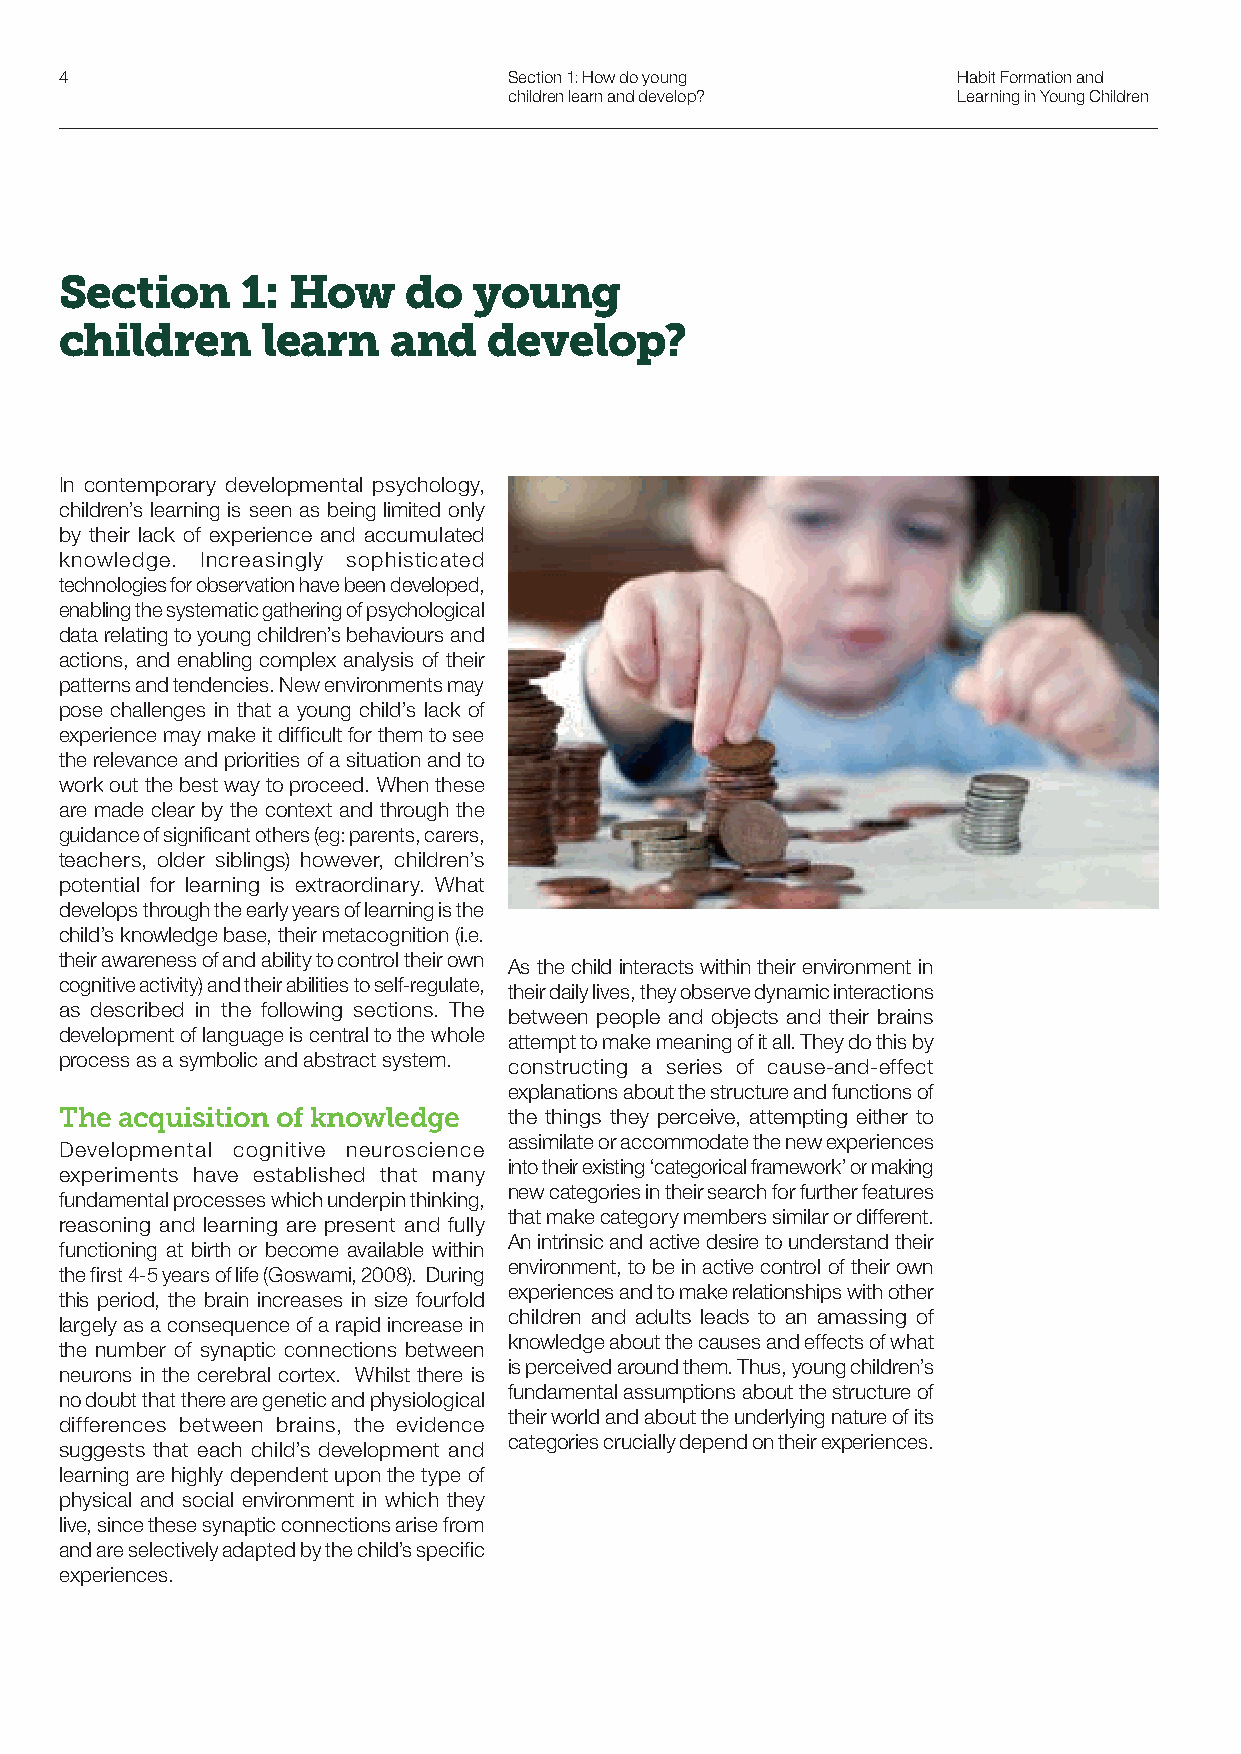
4                             Section 1: How do young      Habit Formation and
 children learn and develop?  Learning in Young Children
 Section     1: How     do  young
 children     learn    and   develop?
 In contemporary developmental psychology,
 children’s learning is seen as being limited only
 by their lack of experience and accumulated
 knowledge. Increasingly sophisticated
 technologies for observation have been developed,
 enabling the systematic gathering of psychological
 data relating to young children’s behaviours and
 actions, and enabling complex analysis of their
 patterns and tendencies. New environments may
 pose challenges in that a young child’s lack of
 experience may make it difficult for them to see
 the relevance and priorities of a situation and to
 work out the best way to proceed. When these
 are made clear by the context and through the
 guidance of significant others (eg: parents, carers,
 teachers, older siblings) however, children’s
 potential for learning is extraordinary. What
 develops through the early years of learning is the
 child’s knowledge base, their metacognition (i.e.
 their awareness of and ability to control their own
 As the child interacts within their environment in
 cognitive activity) and their abilities to self-regulate,
 their daily lives, they observe dynamic interactions
 as described in the following sections. The
 between people and objects and their brains
 development of language is central to the whole
 attempt to make meaning of it all. They do this by
 process as a symbolic and abstract system.
 constructing a series of cause-and-effect
 explanations about the structure and functions of
 The acquisition of knowledge  the things they perceive, attempting either to
 assimilate or accommodate the new experiences
 Developmental cognitive neuroscience
 into their existing ‘categorical framework’ or making
 experiments have established that many
 new categories in their search for further features
 fundamental processes which underpin thinking,
 that make category members similar or different.
 reasoning and learning are present and fully
 An intrinsic and active desire to understand their
 functioning at birth or become available within
 environment, to be in active control of their own
 the first 4-5 years of life (Goswami, 2008). During
 experiences and to make relationships with other
 this period, the brain increases in size fourfold
 children and adults leads to an amassing of
 largely as a consequence of a rapid increase in
 knowledge about the causes and effects of what
 the number of synaptic connections between
 is perceived around them. Thus, young children’s
 neurons in the cerebral cortex. Whilst there is
 fundamental assumptions about the structure of
 no doubt that there are genetic and physiological
 their world and about the underlying nature of its
 differences between brains, the evidence
 categories crucially depend on their experiences.
 suggests that each child’s development and
 learning are highly dependent upon the type of
 physical and social environment in which they
 live, since these synaptic connections arise from
 and are selectively adapted by the child’s specific
 experiences.